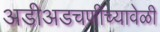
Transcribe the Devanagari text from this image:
अडीअडचणीच्यावेळी